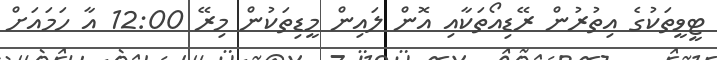
ޓީވީތަކުގެ އިތުރުން ރޭޑިއޯތަކާއި އޮން ލައިން މީޑިތަކުން މިރޭ 12:00 އާ ހަމައަށް